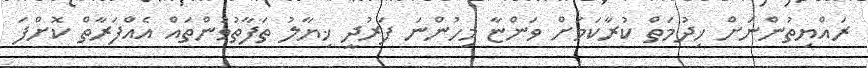
ރައްޔިތުންނަށް ޚިދުމަތް ކުރާކަމަށް ވަންޏާ މިހުންނަ ފަރުދީ ޚިޔާލު ތަފާތުވުންތައް އެއްފަރާތް ކޮށްފަ